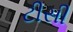
ટીસી